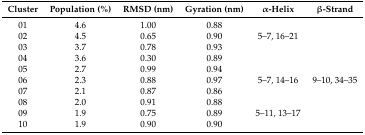
| Cluster | Population (%) | RMSD (nm) | Gyration (nm) | α-Helix | β-Strand |
 | --- | --- | --- | --- | --- | --- |
 | 01 | 4.6 | 1.00 | 0.88 |  |  |
 | 02 | 4.5 | 0.65 | 0.90 | 5–7, 16–21 |  |
 | 03 | 3.7 | 0.78 | 0.93 |  |  |
 | 04 | 3.6 | 0.30 | 0.89 |  |  |
 | 05 | 2.7 | 0.99 | 0.94 |  |  |
 | 06 | 2.3 | 0.88 | 0.97 | 5–7, 14–16 | 9–10, 34–35 |
 | 07 | 2.1 | 0.87 | 0.86 |  |  |
 | 08 | 2.0 | 0.91 | 0.88 |  |  |
 | 09 | 1.9 | 0.75 | 0.89 | 5–11, 13–17 |  |
 | 10 | 1.9 | 0.90 | 0.90 |  |  |